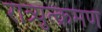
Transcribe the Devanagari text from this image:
रात्र्युत्क्रमण